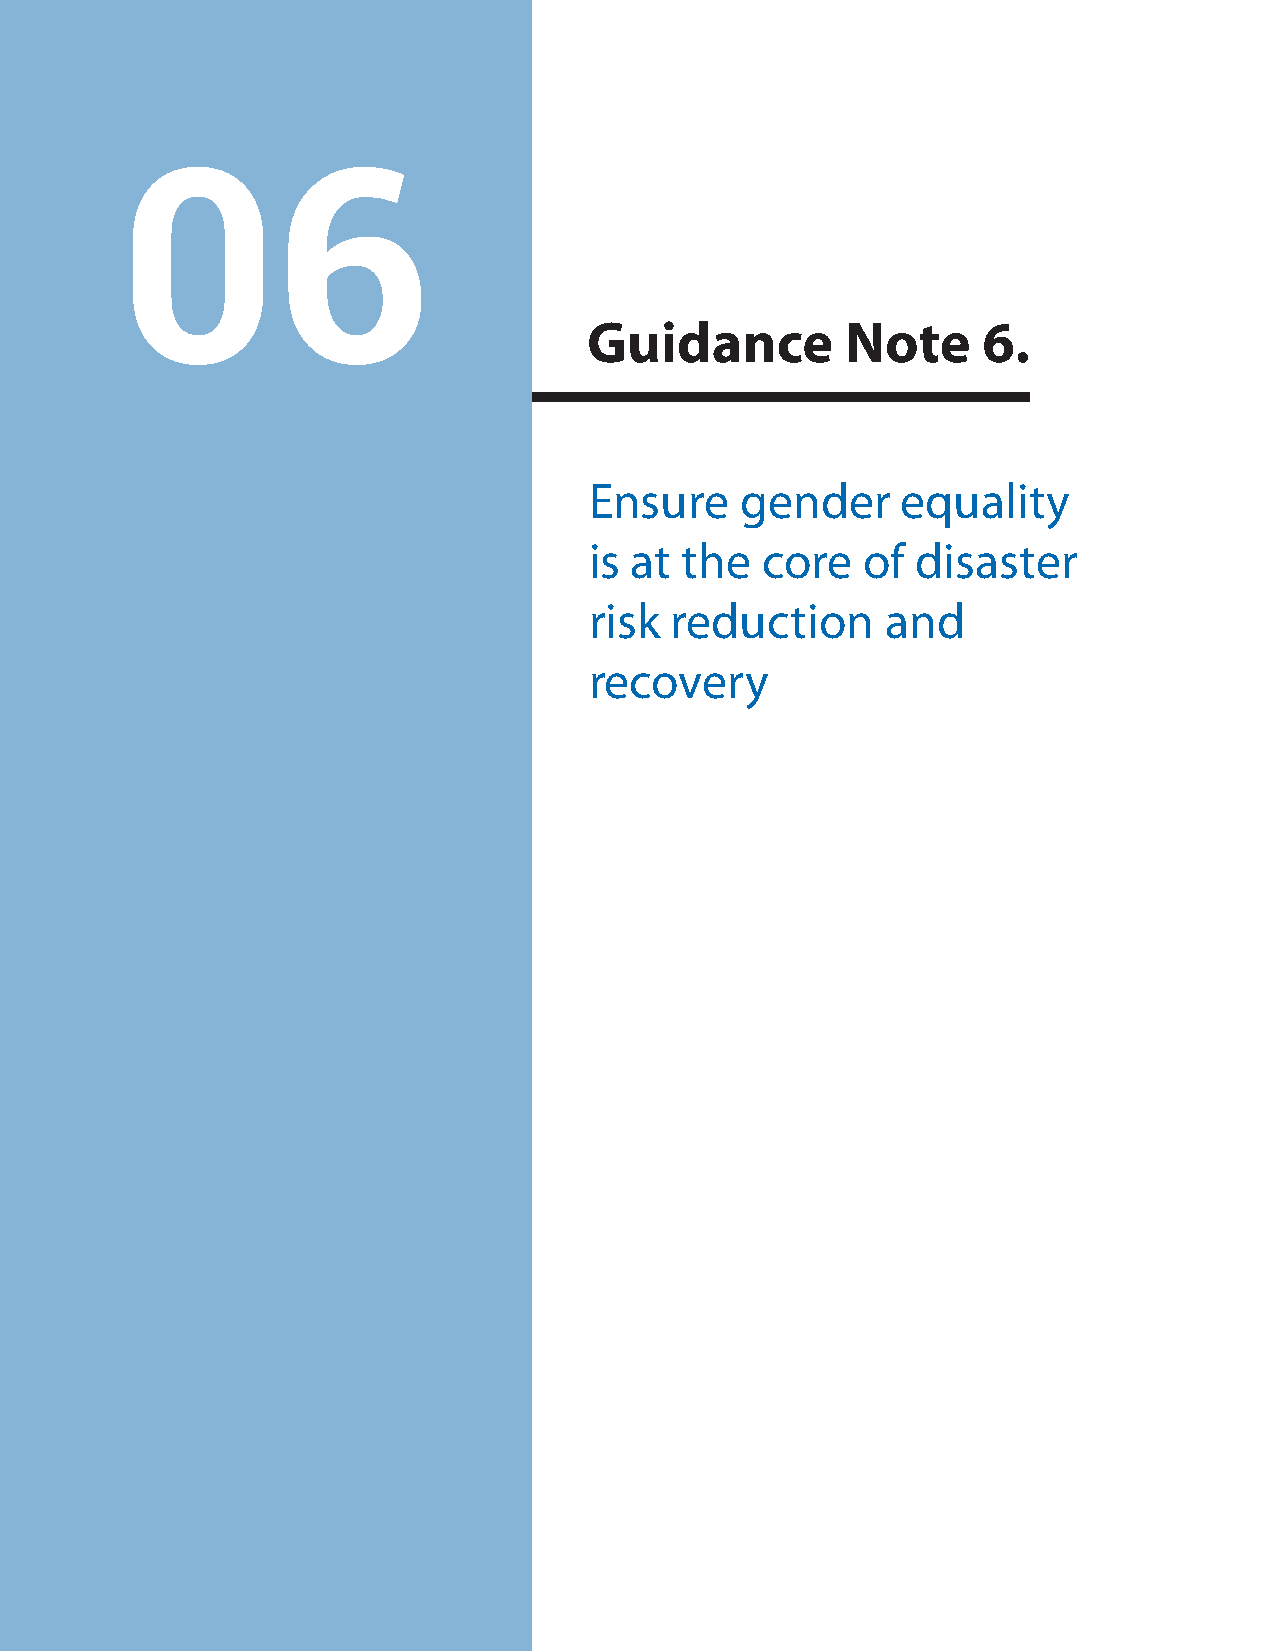
06
 Guidance         Note     6.
 Ensure    gender     equality
 is at the  core   of  disaster
 risk reduction      and
 recovery